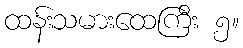
ထန်းသမားထေကြီး ၅။